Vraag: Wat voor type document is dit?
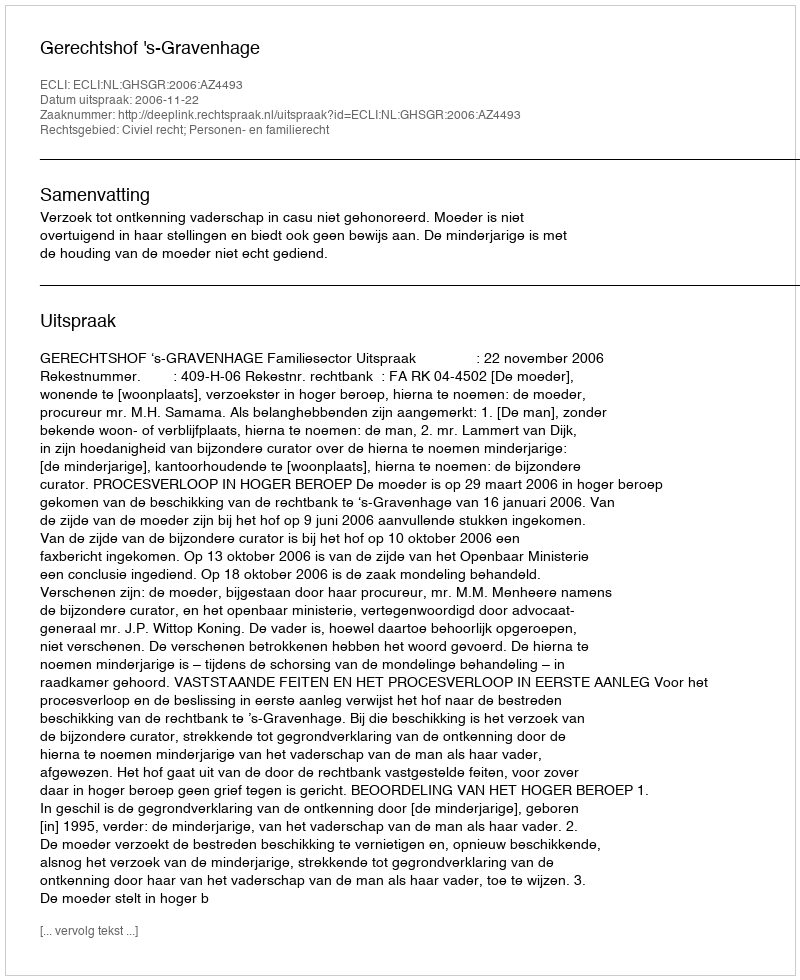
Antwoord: Uitspraak